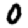
Digit: 0